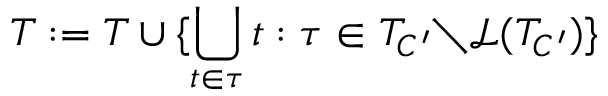
T : = T \cup \{ \bigcup _ { t \in \tau } t : \tau \in T _ { C ^ { \prime } } { \setminus } \mathcal { L } ( T _ { C ^ { \prime } } ) \}